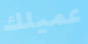
عميلك